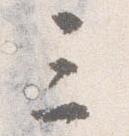
三